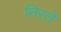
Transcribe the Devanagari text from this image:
निरते